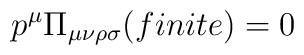
p^{\mu}\Pi_{\mu\nu\rho\sigma}(finite)=0